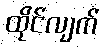
ထိုင်လျက်